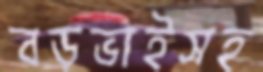
বড়ভাইসহ